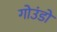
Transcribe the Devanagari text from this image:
गोउंडो